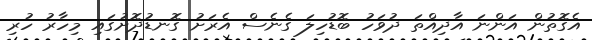
އެގޮތުން އަންނަ އާދިއްތަ ދުވަހު ބޮޑުހިލަ ގެނެސް އެރަށު ގޮނޑުދޮށުގައި މިހާރު ހުރި